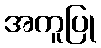
အကူပြု